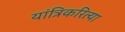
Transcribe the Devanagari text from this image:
यांत्रिकरित्या